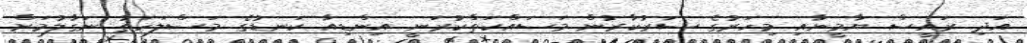
އަދި ރައީސް ޔާމީނާއި މިހަރުގެ ސަރުކާރުން މަސައްކަތްކުރަނީ އިންޑިއާ ކަނޑުގެ މަސްލަހަތު ނަގާލުމަށް